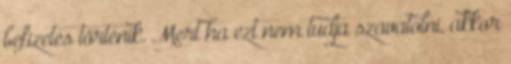
befizetés történik. Mert ha ezt nem tudja szavatolni, akkor